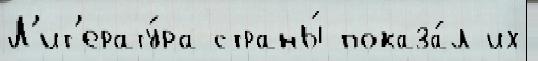
Л'ит'ерату́ра страны́ показа́л их